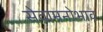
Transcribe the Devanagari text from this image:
सेवामनोभाव